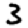
Digit: 3